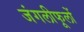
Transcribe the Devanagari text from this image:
जंगलीफूलों